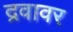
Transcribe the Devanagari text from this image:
द्रवावर